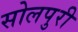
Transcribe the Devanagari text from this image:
सोलपुरी